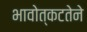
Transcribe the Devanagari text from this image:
भावोत्कटतेने